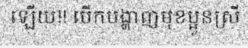
ឡើយ!! បើកបង្ហាញមុខប្អូនស្រី